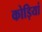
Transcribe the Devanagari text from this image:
कोड़ियां